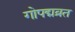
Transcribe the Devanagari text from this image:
गोपद्मव्रत